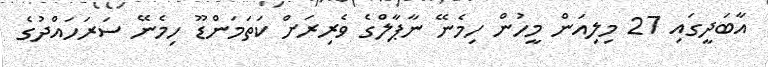
އާބަދީގައި 27 މިލިއަން މީހުން ހިމެނޭ ނާޕާލްގެ ވެރިރަށް ކަތަމަންޑޫ ހިމެނޭ ސަރަހައްދުގެ